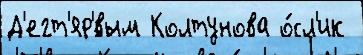
Д'егт'яр'́вым Колтунова о́сл'ик